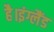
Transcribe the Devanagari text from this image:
है।इंग्लैंड